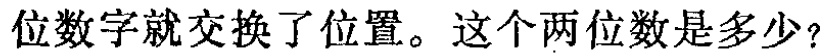
位数字就交换了位置。这个两位数是多少？